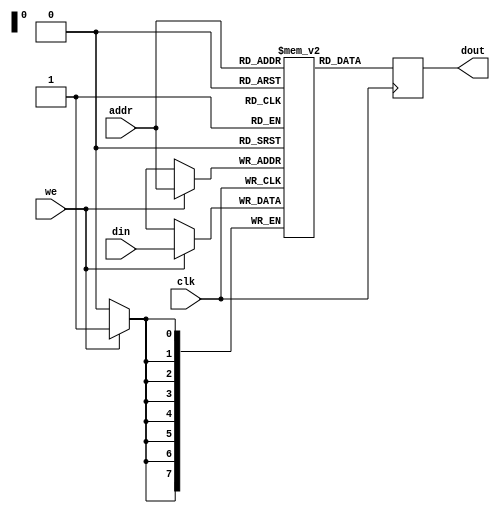
module SRAM #(parameter ADDR_WIDTH = 8, DATA_WIDTH = 8, DEPTH = 256) (
    input wire clk,
    input wire we,                     // Write Enable
    input wire [ADDR_WIDTH-1:0] addr, // Address
    input wire [DATA_WIDTH-1:0] din,   // Data Input
    output reg [DATA_WIDTH-1:0] dout   // Data Output
);

    // Memory array definition
    reg [DATA_WIDTH-1:0] mem [0:DEPTH-1];

    // Write Operation
    always @(posedge clk) begin
        if (we) begin
            mem[addr] <= din; // Write data to memory
        end
    end

    // Read Operation
    always @(posedge clk) begin
        dout <= mem[addr]; // Read data from memory
    end

endmodule